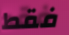
فقط